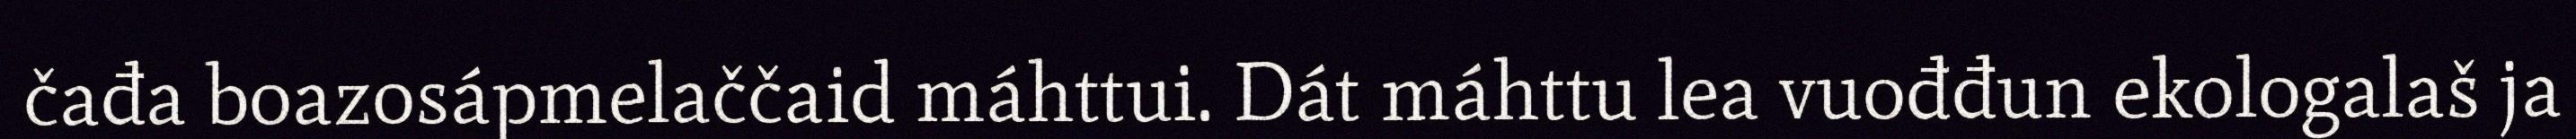
čađa boazosápmelaččaid máhttui. Dát máhttu lea vuođđun ekologalaš ja